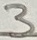
Text: 3